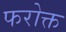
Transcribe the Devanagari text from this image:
फरोक्त